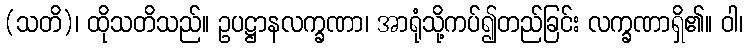
(သတိ)၊ ထိုသတိသည်။ ဥပဋ္ဌာနလက္ခဏာ၊ အာရုံသို့ကပ်၍တည်ခြင်း လက္ခဏာရှိ၏။ ဝါ၊